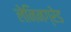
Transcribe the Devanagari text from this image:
लेनिनग्रेड